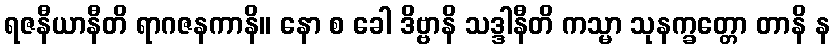
ရဇနီယာနီတိ ရာဂဇနကာနိ။ နော စ ခေါ ဒိဗ္ဗာနိ သဒ္ဒါနီတိ ကသ္မာ သုနက္ခတ္တော တာနိ န